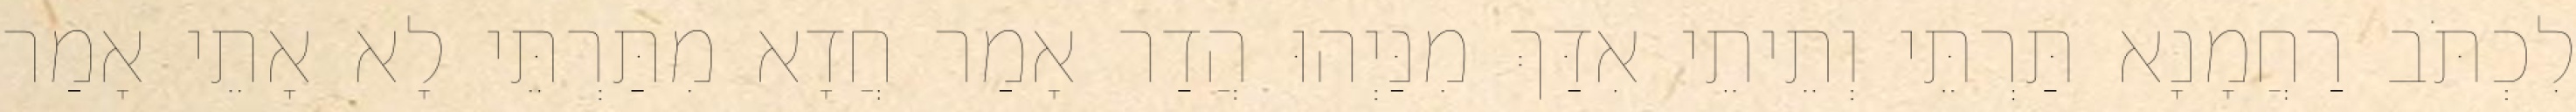
לִכְתֹּב רַחֲמָנָא תַּרְתֵּי וְתֵיתֵי אִדַּךְ מִנַּיְהוּ הֲדַר אָמַר חֲדָא מִתַּרְתֵּי לָא אָתֵי אָמַר